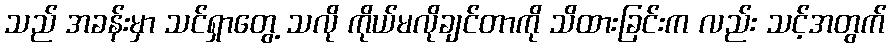
သည် အခန်းမှာ သင်ရှာတွေ့ သလို ကိုယ်မလိုချင်တာကို သိထားခြင်းက လည်း သင့်အတွက်